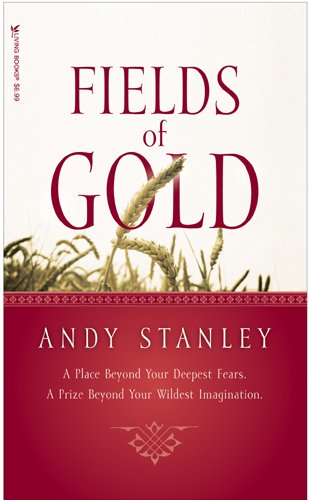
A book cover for Fields of Gold; Andy Stanley; Christian Books & Bibles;